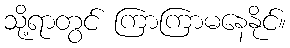
သို့ရာတွင် ကြာကြာမနေနိုင်။